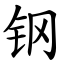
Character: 钢